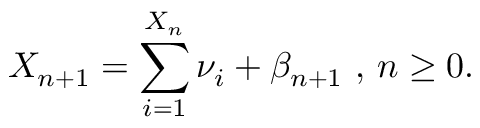
X _ { n + 1 } = \sum _ { i = 1 } ^ { X _ { n } } \nu _ { i } + \beta _ { n + 1 } \mathrm { ~ , ~ } n \geq 0 .